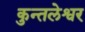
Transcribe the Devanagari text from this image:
कुन्तलेश्वर